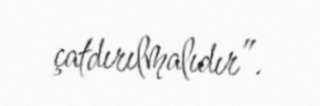
çatdırılmalıdır”.